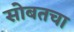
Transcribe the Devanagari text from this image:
सोबतचा